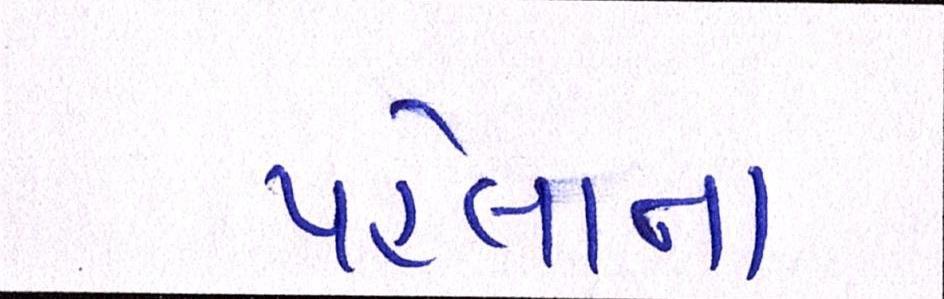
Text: પહેલાના